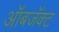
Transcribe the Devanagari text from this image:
ऑबजॅक्ट